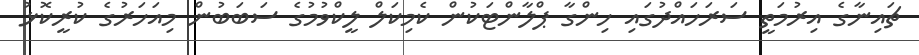
ޗައިނާގެ އިރުމަތީ ސަރަހައްދުގައި ހިންގާ ޕްލާންޓަކުން ކެމިކަލް ލީކްވުމުގެ ސަބަބުން މިއަހަރުގެ ކުރީކޮޅު